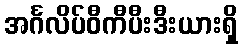
အင်္ဂလိပ်ဝီကီပီးဒီးယားရှိ